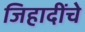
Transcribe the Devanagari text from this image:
जिहादींचे